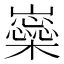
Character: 𡾚